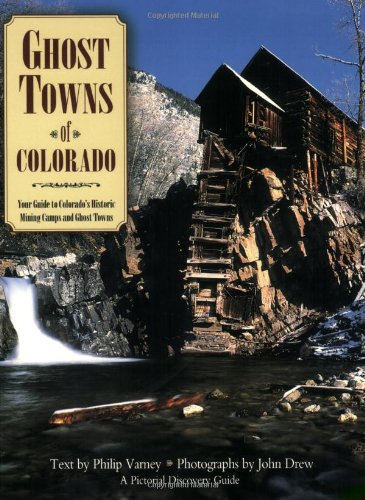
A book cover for Ghost Towns of Colorado (Pictorial Discovery Guides); Philip Varney; Travel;